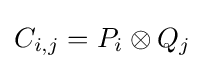
C_{i,j}=P_{i}\otimes Q_{j}